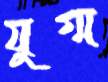
যুগ্ম